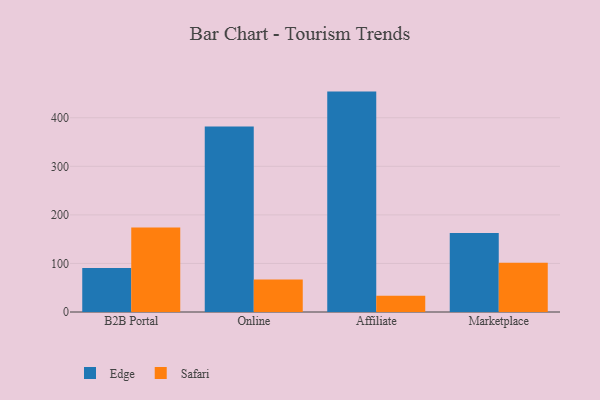
{"axis": {"x": "Channel", "y": "Backlog"}, "legend": ["Edge", "Safari"], "data": [{"x": "B2B Portal", "y": 90.8, "type": "Edge"}, {"x": "B2B Portal", "y": 174.2, "type": "Safari"}, {"x": "Online", "y": 382.0, "type": "Edge"}, {"x": "Online", "y": 66.9, "type": "Safari"}, {"x": "Affiliate", "y": 453.8, "type": "Edge"}, {"x": "Affiliate", "y": 33.4, "type": "Safari"}, {"x": "Marketplace", "y": 162.6, "type": "Edge"}, {"x": "Marketplace", "y": 101.2, "type": "Safari"}]}